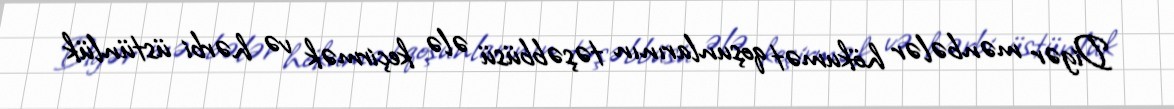
Digər mənbələr hökumət qoşunlarının təşəbbüsü ələ keçirmək və hərbi üstünlük